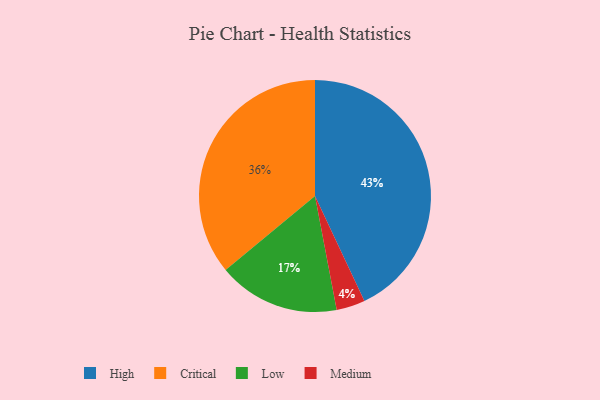
{"axis": {"x": "Category", "y": "Percentage"}, "legend": ["Critical", "High", "Low", "Medium"], "data": [{"x": "High", "y": 43, "type": "High"}, {"x": "Critical", "y": 36, "type": "Critical"}, {"x": "Medium", "y": 4, "type": "Medium"}, {"x": "Low", "y": 17, "type": "Low"}]}